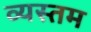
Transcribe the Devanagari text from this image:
व्यस्तम